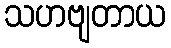
သဟဗျတာယ